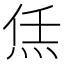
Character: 㶵